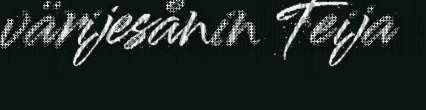
värijesånin Teija